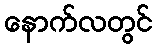
နောက်လတွင်